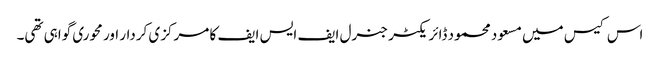
اس کیس میں مسعود محمود ڈائر یکٹر جنرل ایف ایس ایف کا مرکزی کردار اور محوری گواہی تھی۔